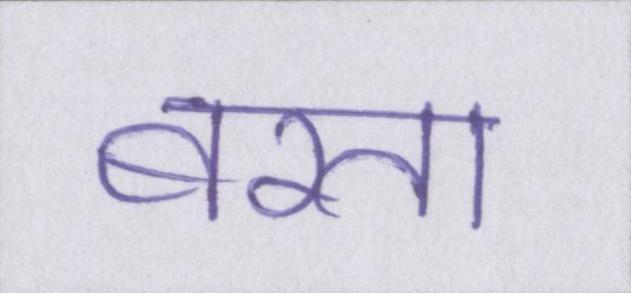
बरता